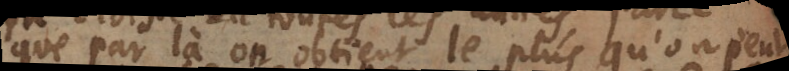
que par là on obtient le plus qu’on peut